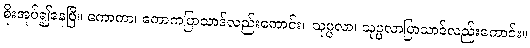
စိုးအုပ်၍နေပြီ။ ကောကာ၊ ကောကပြာသာဒ်လည်းကောင်း။ သုပ္ပလာ၊ သုပ္ပလာပြာသာဒ်လည်းကောင်း။